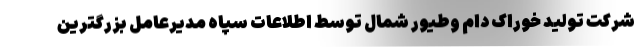
شرکت تولید خوراک دام وطیور شمال توسط اطلاعات سپاه مدیرعامل بزرگترین